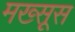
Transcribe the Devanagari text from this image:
मख्सूस